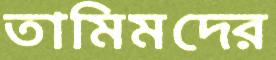
তামিমদের